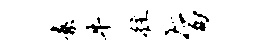
素牛往旨